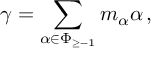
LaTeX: \gamma = \sum _ { \alpha \in \Phi _ { \geq - 1 } } m _ { \alpha } \alpha \, ,